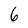
Character: 6